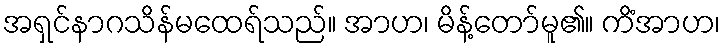
အရှင်နာဂသိန်မထေရ်သည်။ အာဟ၊ မိန့်တော်မူ၏။ ကိံအာဟ၊